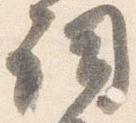
詞